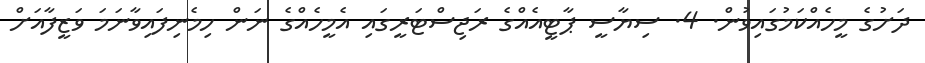
ދަށުގެ މީހެއްކަމުގައިވުން. 4. ސިޔާސީ ޕާޓީއެއްގެ ރަޖިސްޓަރީގައި އެމީހެއްގެ ނަން ހިމެނިފައިވާނަމަ ވަޒީފާއަށް